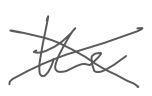
Text: the
Cross-out: mix
Writing tool: digital_gray